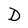
Character: D